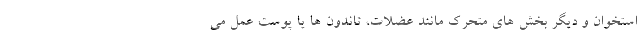
استخوان و دیگر بخش های متحرک مانند عضلات، تاندون ها یا پوست عمل می